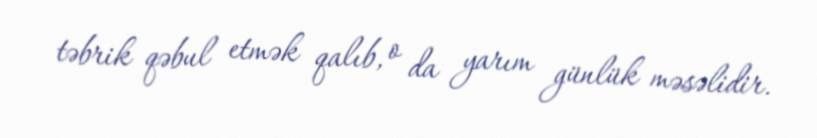
təbrik qəbul etmək qalıb, o da yarım günlük məsəlidir.